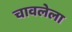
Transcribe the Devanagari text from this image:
चावलेला